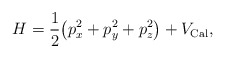
\begin{align*} H=\frac{1}{2} \big(p_x^2 +p_y^2+p_z^2\big)+V_{\rm Cal} ,\end{align*}